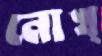
নোখ্